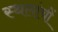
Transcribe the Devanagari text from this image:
स्थलांचीं